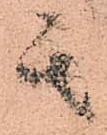
其